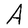
Character: A